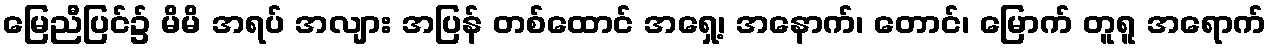
မြေညီပြင်၌ မိမိ အရပ် အလျား အပြန် တစ်ထောင် အရှေ့၊ အနောက်၊ တောင်၊ မြောက် တူရူ အရောက်